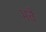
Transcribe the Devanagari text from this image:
भवै